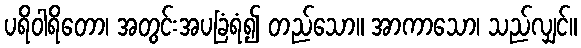
ပရိဝါရိတော၊ အတွင်းအပခြံရံ၍ တည်သော။ အာကာသော၊ သည်လျှင်။